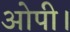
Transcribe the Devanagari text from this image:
ओपी।